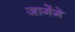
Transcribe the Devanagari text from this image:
जागेंगे